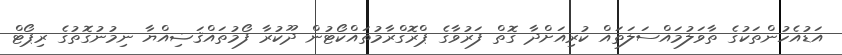
އަޑުއެހުންތަކުގެ ތާވަލުމައްސަލަތައް ކުރިއަށްދާ ގޮތް ފަރުވާގެ ޕްރޮގްރާމުތައްކޯޓުން ދޫކުރާ ފޯމުތައްޤަޟިއްޔާ ނިމުނުގޮތުގެ ރިޕޯޓް